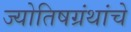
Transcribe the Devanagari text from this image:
ज्योतिषग्रंथांचे